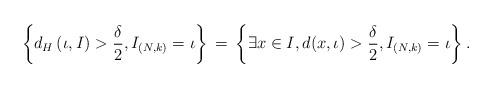
LaTeX: \begin{align*}\left\{d_H\left(\iota,I\right)>\frac{\delta}{2}, I_{(N,k)}=\iota\right\}\, =\,\left\{\exists x\in I , d(x,\iota)>\frac{\delta}{2}, I_{(N,k)}=\iota\right\}.\end{align*}